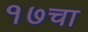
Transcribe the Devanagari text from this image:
१७चा